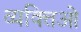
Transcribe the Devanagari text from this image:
व्यक्तिओ